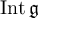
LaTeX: \operatorname { I n t } { \mathfrak { g } }